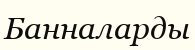
Банналарды